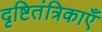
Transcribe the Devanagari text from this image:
दृष्टितंत्रिकाएँ